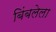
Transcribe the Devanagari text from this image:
बिंबलेला